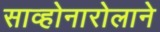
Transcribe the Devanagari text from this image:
साव्होनारोलाने